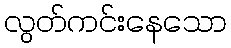
လွတ်ကင်းနေသော